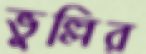
ভুল্লির